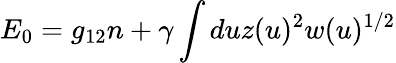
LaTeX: E_{0}=g_{12}n+\gamma\int duz(u)^{2}w(u)^{1/2}